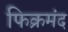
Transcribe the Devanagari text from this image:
फिक्रमंद